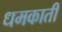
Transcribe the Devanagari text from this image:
धमकाती